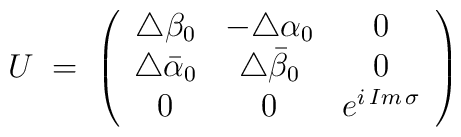
U\;=\;\left( \begin{array}{ccc}\triangle\beta_0 & -\triangle \alpha_0 & 0 \\\triangle\bar\alpha_0 & \triangle\bar\beta_0 & 0 \\0 & 0 & e^{i\,Im\,\sigma}\end{array}\right)